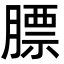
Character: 膘